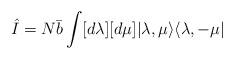
LaTeX: \begin{align*}\hat{I}=N\bar{b}\int[d\lambda][d\mu]|\lambda,\mu\rangle\langle \lambda,-\mu|\end{align*}